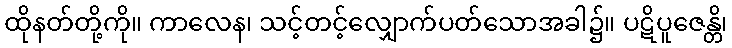
ထိုနတ်တို့ကို။ ကာလေန၊ သင့်တင့်လျှောက်ပတ်သောအခါ၌။ ပဋိပူဇေန္တိ၊